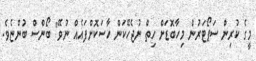
މީގެ ކުރިން ސަޕޯޓަރުން މިހާބޮޑަށް ހިތް ނުޖެހޭކަން ހާސަކޮށްފައެއް ނުވޭ" ބޯންސް ބުންޏެވެ.